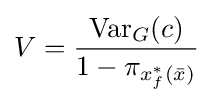
V={\frac {{\text{Var}}_{G}(c)}{1-\pi _{x_{f}^{*}({\bar {x}})}}}